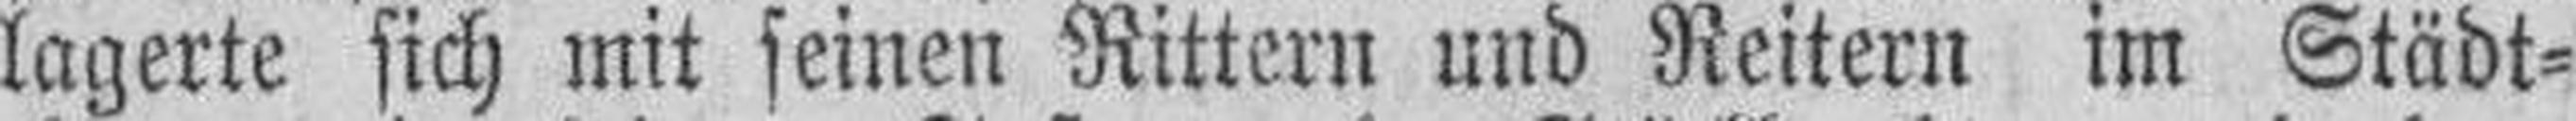
lagerte sich mit seinen Rittern und Reitern im Städt¬